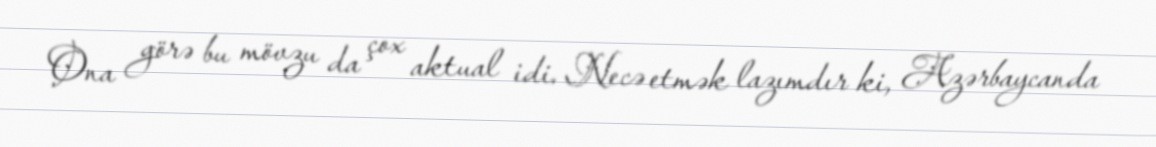
Ona görə bu mövzu da çox aktual idi. Necə etmək lazımdır ki, Azərbaycanda